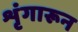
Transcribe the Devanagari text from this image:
शृंगारून